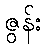
ဇွန်း